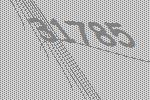
31785